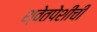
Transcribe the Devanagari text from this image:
श्वेतपेशींची